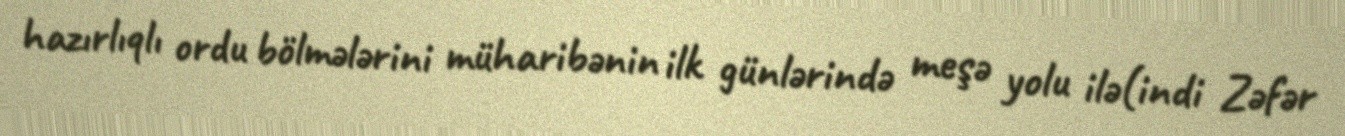
hazırlıqlı ordu bölmələrini müharibənin ilk günlərində meşə yolu ilə(indi Zəfər